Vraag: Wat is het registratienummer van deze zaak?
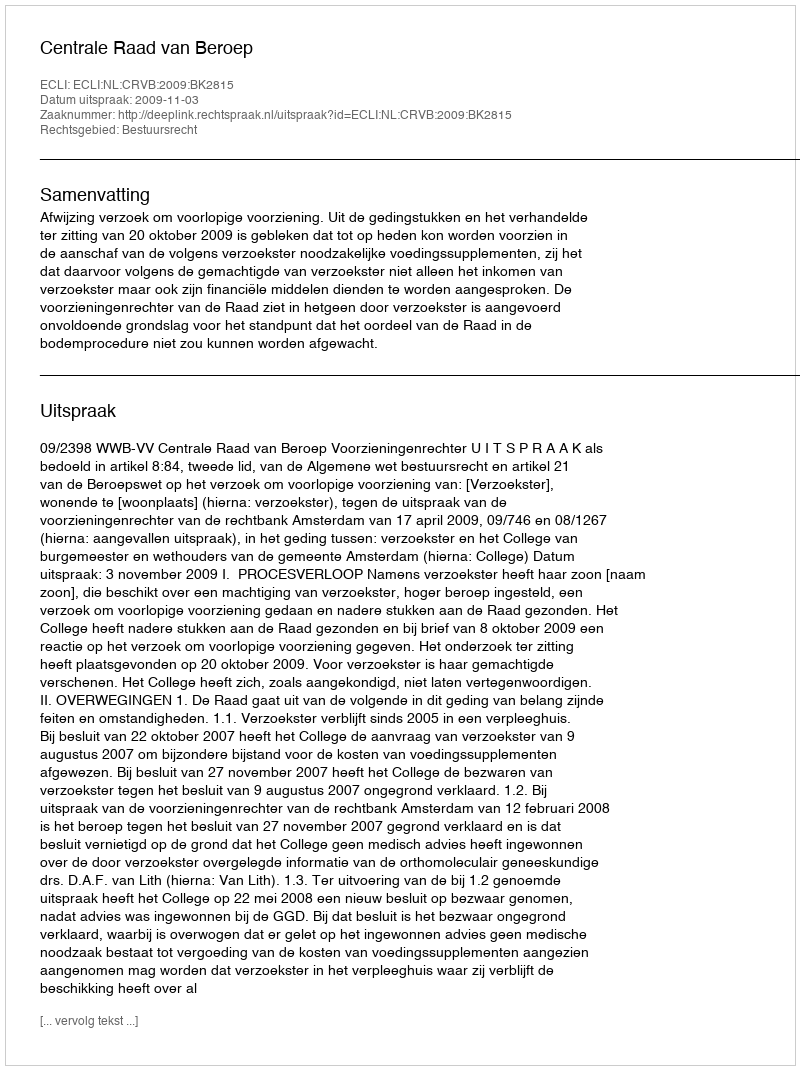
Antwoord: http://deeplink.rechtspraak.nl/uitspraak?id=ECLI:NL:CRVB:2009:BK2815